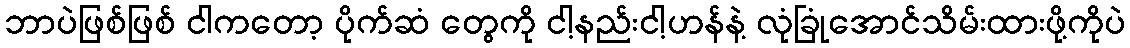
ဘာပဲဖြစ်ဖြစ် ငါကတော့ ပိုက်ဆံ တွေကို ငါ့နည်းငါ့ဟန်နဲ့ လုံခြုံအောင်သိမ်းထားဖို့ကိုပဲ